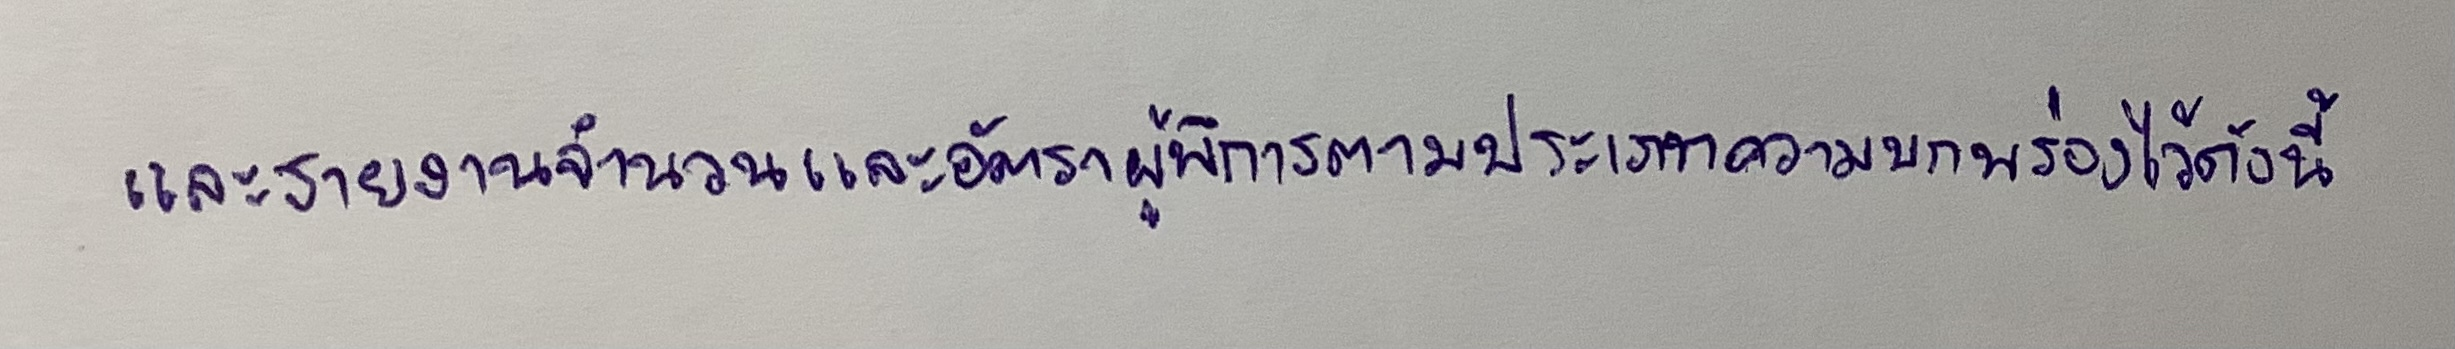
และรายงานจำนวนและอัตราผู้พิการตามประเภทความบกพร่องไว้ดังนี้